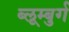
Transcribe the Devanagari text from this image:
ब्लूम्बुर्ग